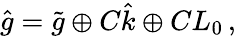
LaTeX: \hat{g}=\tilde{g}\oplus C\hat{k}\oplus CL_{0}\, ,